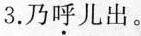
3.乃呼儿出。